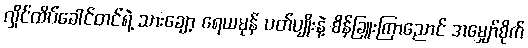
လှိုင်ထိပ်ခေါင်တင်ရဲ့ သားချော့ ရေယမုန် ပတ်ပျိုးနဲ့ စိန်ခြူးကြာညောင် အမျှော်စိုက်